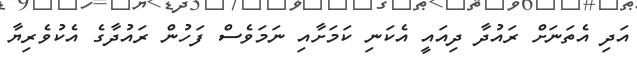
އަދި އެތަނަށް ރައުދާ ދިއައީ އެކަނި ކަމަށާއި ނަމަވެސް ފަހުން ރައުދާގެ އެކުވެރިޔާ